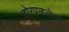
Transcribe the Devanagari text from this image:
होरपळलेल